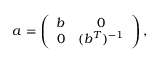
a = \left( \begin{array} { c c } { { b } } & { { 0 } } \\ { { 0 } } & { { ( b ^ { T } ) ^ { - 1 } } } \end{array} \right) ,